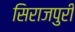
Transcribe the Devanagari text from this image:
सिराजपुरी